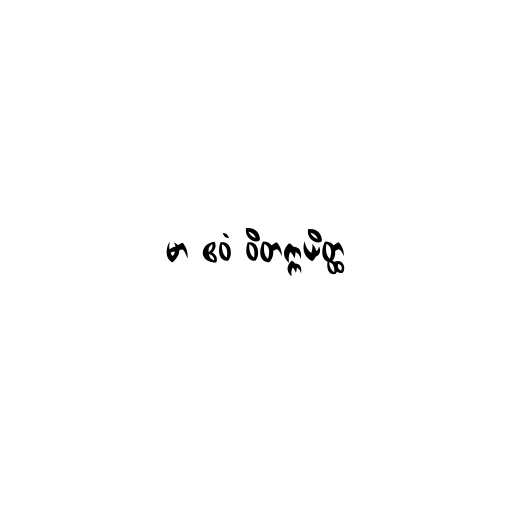
မာ ဧဝံ ဝိတက္ကယိတ္ထ